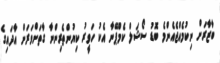
ބާޒާރަށް ނިކުމެއްޖެއެންމެ ބޮޑު ސޯޝަލް ކެމްޕޭނާ އެކު ހަވީރު ކިޔުންތެރިންނާ ގާތަށްވަރަށް އާދައިގެ